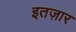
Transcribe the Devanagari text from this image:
इतज़ार